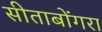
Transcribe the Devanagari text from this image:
सीताबोंगरा